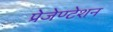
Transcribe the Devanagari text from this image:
प्रेजेण्टेशन